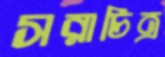
সরাচিত্র